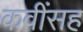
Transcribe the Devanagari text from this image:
कवींसह